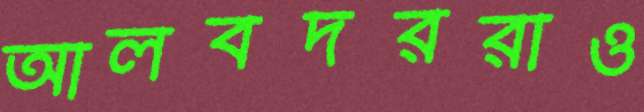
আলবদররাও